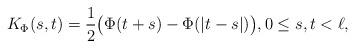
LaTeX: \begin{align*}K_\Phi(s,t)=\frac 12\big(\Phi(t+s)-\Phi(|t-s|)\big),0\le s,t<\ell,\end{align*}